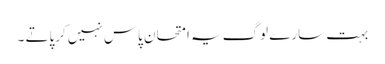
بہت سارے لوگ یہ امتحان پاس نہیں کرپاتے ۔